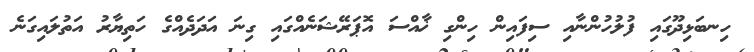
ހިނބަޅިދޫގައި ފުލުހުންނާއި ސިފައިން ހިންގި ޚާއްސަ އޮޕަރޭޝަނެއްގައި ގިނަ އަދަދެއްގެ ހަތިޔާރު އަތުލައިގަނެ